Indian journal of veterinary science and animal husbandry - Volumes 15-17, 1948-1951
Year: 1948
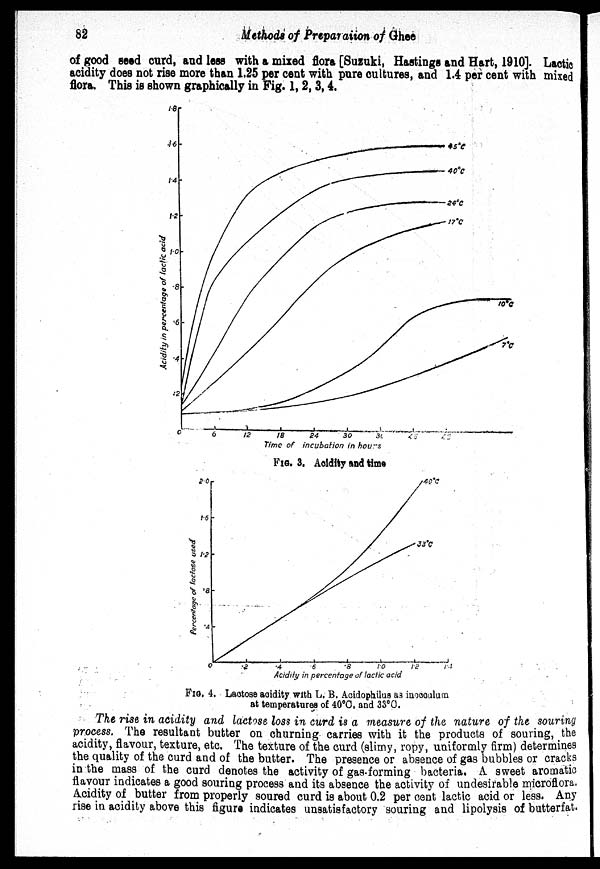
82
Methods of Preparaiion of Ghee
of good seed curd, and less with a mixed flora [Suzuki, Hastings and Hart, 1910]. Lactic
acidity does not rise more than 1.25 per cent with pure cultures, and 1.4 per cent with mixed
flora. This is shown graphically in Fig. 1, 2, 3, 4.
FIG. 3. Acidity and time
FIG. 4. Lactose acidity with L. B. Acidophilus as inocculum
at temperatures of 40°C, and 33°C.
The rise in acidity and lactose loss in curd is a measure of the nature of the souring
process. The resultant butter on churning carries with it the products of souring, the
acidity, flavour, texture, etc. The texture of the curd (slimy, ropy, uniformly firm) determines
the quality of the curd and of the butter. The presence or absence of gas bubbles or cracks
in the mass of the curd denotes the activity of gas-forming bacteria. A sweet aromatic
flavour indicates a good souring process and its absence the activity of undesirable microflora.
Acidity of butter from properly soured curd is about 0.2 per cent lactic acid or less. Any
rise in acidity above this figure indicates unsatisfactory souring and lipolysis of butterfat.